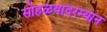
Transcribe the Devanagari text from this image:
सोहळयादरम्यान